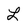
Character: L